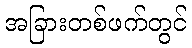
အခြားတစ်ဖက်တွင်